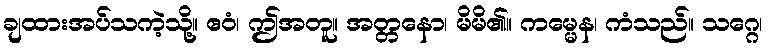
ချထားအပ်သကဲ့သို့။ ဧဝံ၊ ဤအတူ။ အတ္တနော၊ မိမိ၏။ ကမ္မေန၊ ကံသည်။ သဂ္ဂေ၊